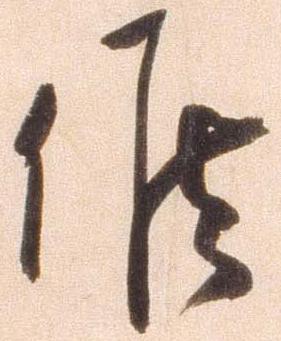
候